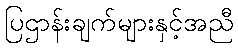
ပြဌာန်းချက်များနှင့်အညီ